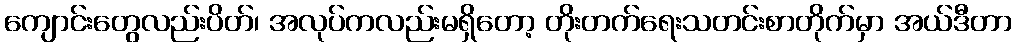
ကျောင်းတွေလည်းပိတ်၊ အလုပ်ကလည်းမရှိတော့ တိုးတက်ရေးသတင်းစာတိုက်မှာ အယ်ဒီတာ